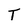
Character: T